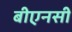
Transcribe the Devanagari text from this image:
बीएनसी